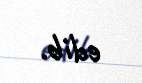
edib.